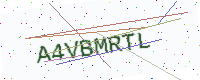
Text: A4VBMRTL